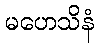
မဟေသိနံ